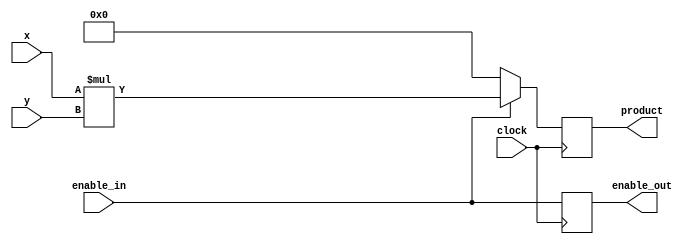
module mult (input clock, input signed [15:0] x, input signed [15:0] y, output reg signed [30:0] product,
	     input enable_in, output reg enable_out );

   always @(posedge clock)
     if(enable_in)
       product <= #1 x*y;
     else
       product <= #1 31'd0;
   
   always @(posedge clock)
     enable_out <= #1 enable_in;
   
endmodule